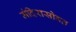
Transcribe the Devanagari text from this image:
मंदिरासोबत